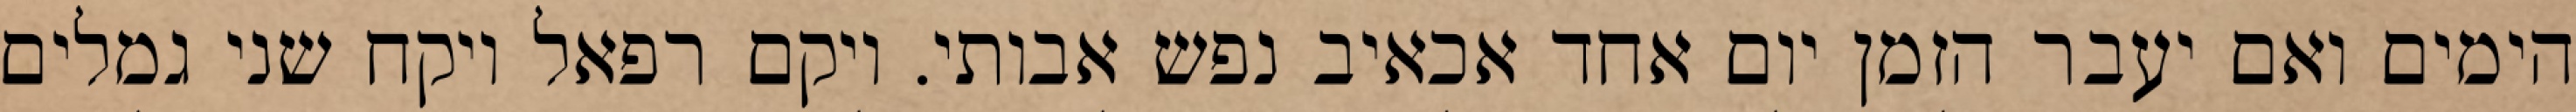
הימים ואם יעבר הזמן יום אחד אכאיב נפש אבותי. ויקם רפאל ויקח שני גמלים